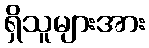
ရှိသူများအား